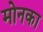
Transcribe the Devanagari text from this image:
मोनका